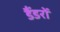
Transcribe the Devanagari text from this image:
डैंडरों